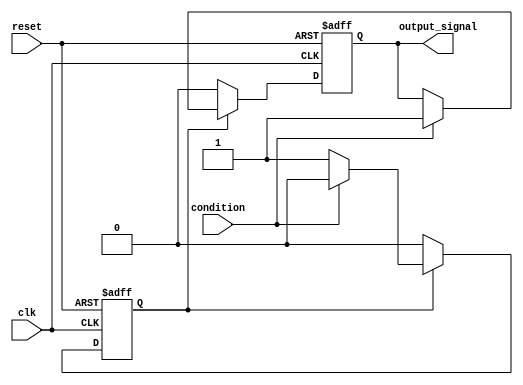
module WaitCondition (
    input wire condition,          // Input condition to check
    input wire clk,               // Clock signal for synchronization
    input wire reset,             // Reset signal to initialize the module
    output reg output_signal       // Output signal indicating completion of wait condition
);

    // Internal state declaration
    reg waiting_state;

    // Sequential process for handling wait state
    always @(posedge clk or posedge reset) begin
        if (reset) begin
            // Initialization: reset all states and outputs
            waiting_state <= 1'b1;     // Enter waiting state
            output_signal <= 1'b0;      // Clear output signal
        end else begin
            // Condition evaluation logic
            if (waiting_state) begin
                if (condition) begin
                    // Condition met, exit waiting state
                    waiting_state <= 1'b0; // Exit waiting state
                    output_signal <= 1'b1;  // Set output signal to indicate condition met
                end
                // If condition is not met, remain in waiting state
            end else begin
                // Further operations can be added here after exiting wait
                // For example, resetting output after certain actions
                output_signal <= 1'b0; // Reset output signal if needed
            end
        end
    end

endmodule